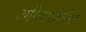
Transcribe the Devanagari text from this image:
अमिरातीतील